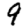
Digit: 9